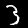
Digit: 3